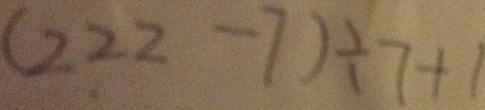
( 2 2 2 - 7 ) \div 7 + 1